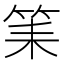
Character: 筙